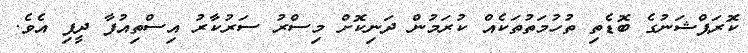
ކޮރަޕްޝަނުގެ ބޮޑެތި ތުހުމަތުތަކެއް ކުރަމުން ދަނިކޮށް މިސްރު ސަރުކާރު އިސްތިއުފާ ދީފި އެވެ.